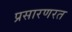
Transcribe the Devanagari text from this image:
प्रसारणरत